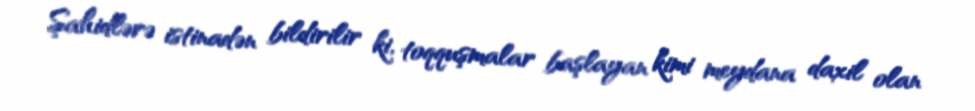
Şahidlərə istinadən bildirilir ki, toqquşmalar başlayan kimi meydana daxil olan